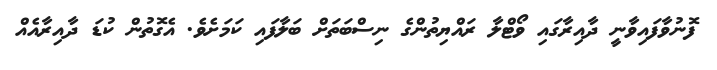
ފޮނުވާފައިވާނީ ދާއިރާގައި ވޯޓްލާ ރައްޔިތުންގެ ނިސްބަތަށް ބަލާފައި ކަމަށެވެ. އެގޮތުން ކުޑަ ދާއިރާއެއް